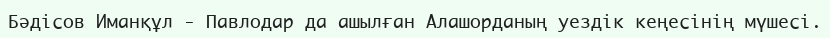
Бәдісов Иманқұл - Павлодар да ашылған Алашорданың уездік кеңесінің мүшесі.